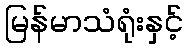
မြန်မာသံရုံးနှင့်